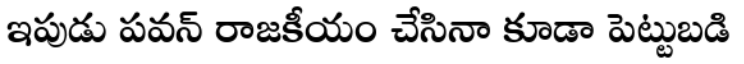
ఇపుడు పవన్ రాజకీయం చేసినా కూడా పెట్టుబడి